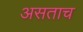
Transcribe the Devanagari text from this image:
असताच